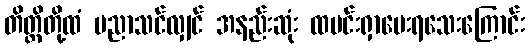
တိတ္ထိတို့ထံ ပညာသင်လျှင် အနည်းဆုံး ထမင်းရှာပေးရသေးကြောင်း